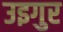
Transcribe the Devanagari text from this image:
उइगुर